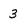
Character: 3